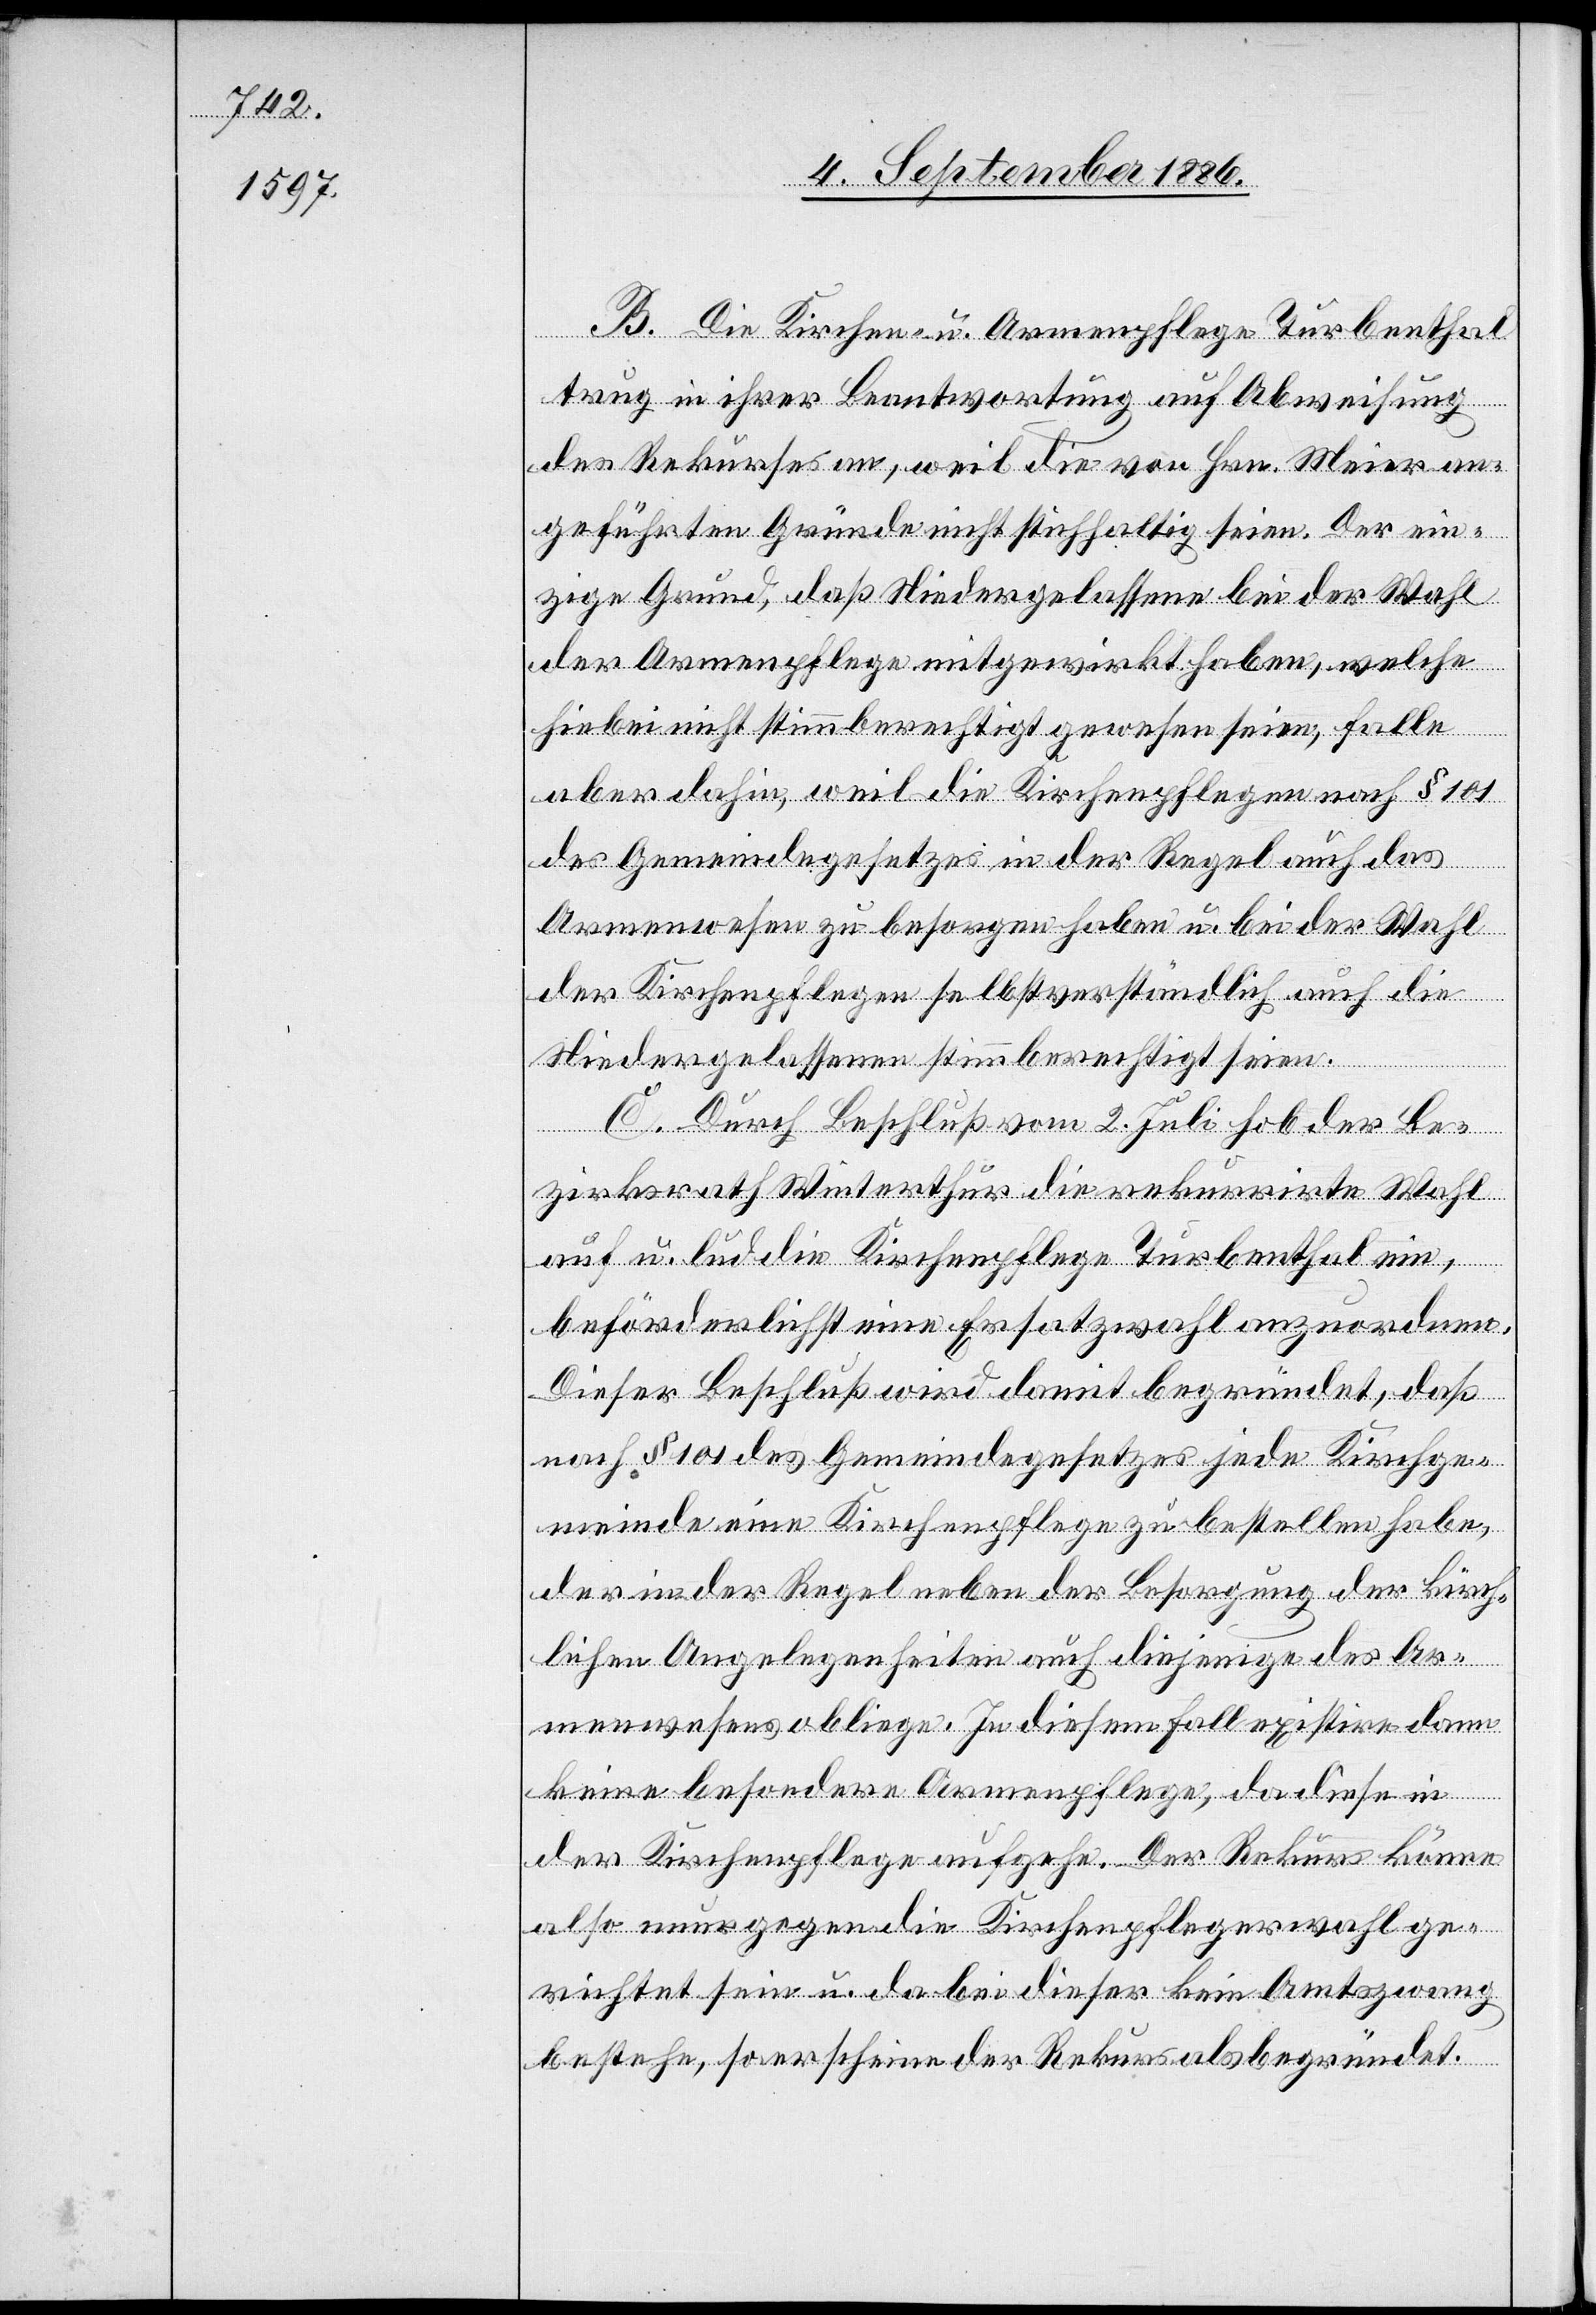
B. Die Kirchen- u. Armenpflege Turbenthal
trug in ihrer Beantwortung auf Abweisung
des Rekurses an, weil die von Hrn. Meier an¬
geführten Gründe nicht stichhaltig seien. Der ein¬
zige Grund, daß Niedergelassene bei der Wahl
der Armenpflege mitgewirkt haben, welche
hiebei nicht stimmberechtigt gewesen seien, falle
aber dahin, weil die Kirchenpflegen nach § 101
des Gemeindegesetzes in der Regel auch das
Armenwesen zu besorgen haben u. bei der Wahl
der Kirchenpflegen selbstverständlich auch die
Niedergelassenen stimmberechtigt seien.
C. Durch Beschluß vom 2. Juli hob der Be¬
zirksrath Winterthur die rekurrirte Wahl
auf u. lud die Kirchenpflege Turbenthal ein,
beförderlichst eine Ersatzwahl anzuordnen.
Dieser Beschluß wird damit begründet, daß
nach § 101 des Gemeindegesetzes jede Kirchge¬
meinde eine Kirchenpflege zu bestellen habe,
der in der Regel neben der Besorgung der kirch¬
lichen Angelegenheiten auch diejenige des Ar¬
menwesens obliege. In diesem Fall existire dann
keine besondere Armenpflege, da diese in
der Kirchenpflege aufgehe. Der Rekurs könne
also nur gegen die Kirchenpflegerwahl ge¬
richtet sein u. da bei dieser kein Amtszwang
bestehe, so erscheine der Rekurs als begründet.